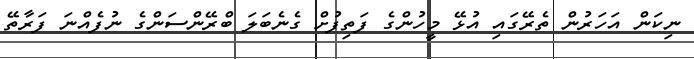
ނިކަން އަހަރުން ތެރޭގައި އުޅޭ މީހުންގެ ފަތިފުށް ގެނެބަލަ ބްރޭންސަންގެ ނުފެއްނަ ފަރާތޭ